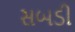
સબડી